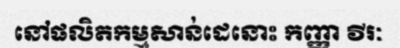
នៅផលិតកម្មសាន់ដេនោះ កញ្ញា វីរៈ